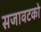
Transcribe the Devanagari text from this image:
सजावटको